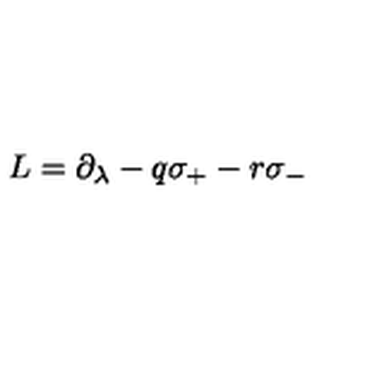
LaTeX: L = \partial _ { \lambda } - q \sigma _ { + } - r \sigma _ { - }